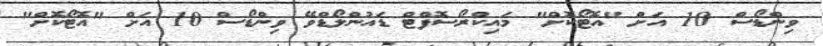
ވިންޑޯސް 10 އަށް "އޮޓޯކޮށް" މައިކްރޯސޮފްޓް ޑައުންލޯޑްވޭ ވިންޑޯސް 10 އަށް "އޮޓޯކޮށް"